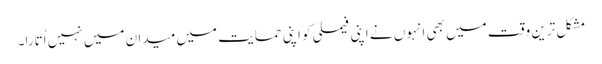
مشکل ترین وقت میں بھی انہوں نے اپنی فیملی کو اپنی حمایت میں میدان میں نہیں اُتارا۔